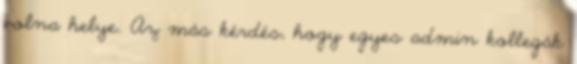
volna helye. Az más kérdés, hogy egyes admin kollegák